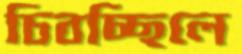
চিবচ্ছিলে